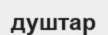
душтар